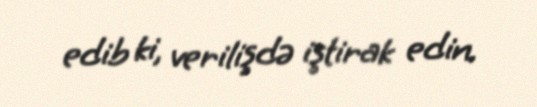
edib ki, verilişdə iştirak edin.